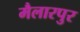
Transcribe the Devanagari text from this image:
मैलारपुर